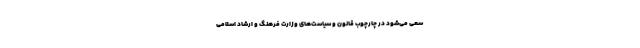
سعی می‌شود در چارچوب قانون و سیاست‌های وزارت فرهنگ و ارشاد اسلامی